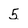
Character: 5